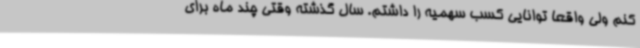
کنم ولی واقعا توانایی کسب سهمیه را داشتم. سال گذشته وقتی چند ماه برای